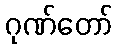
ဂုဏ်တော်